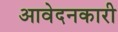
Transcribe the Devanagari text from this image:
आवेदनकारी